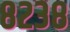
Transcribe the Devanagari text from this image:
८२३८